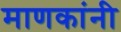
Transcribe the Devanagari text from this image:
माणकांनी